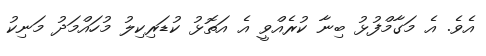
އެވެ. އެ މަގާމްފުޅު ބިނާ ކުރެއްވީ އެ އަތޮޅު ކުޑަރިކިލު މުހައްމަދު މަނިކު